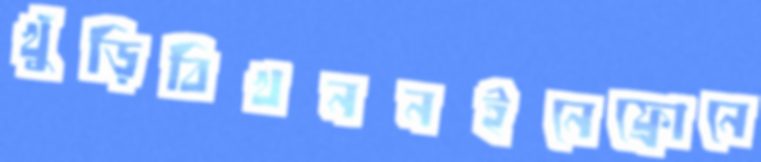
খুঁড়িবিখননইনেফ্রোনে